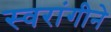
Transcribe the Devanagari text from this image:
स्वरांगीने